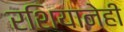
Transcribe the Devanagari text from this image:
रशियानेही